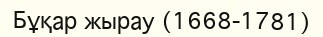
Бұқар жырау (1668-1781)